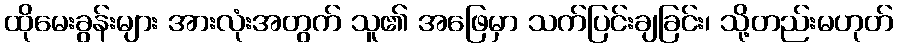
ထိုမေးခွန်းများ အားလုံးအတွက် သူ၏ အဖြေမှာ သက်ပြင်းချခြင်း၊ သို့တည်းမဟုတ်